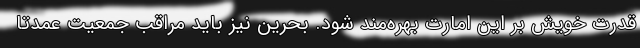
قدرت خویش بر این امارت بهره‌مند شود. بحرین نیز باید مراقب جمعیت عمدتاً